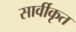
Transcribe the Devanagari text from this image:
सार्वीकृत